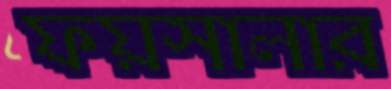
ফয়সালার